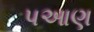
પઆણ